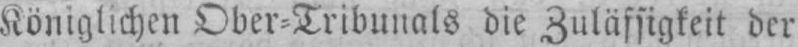
Königlichen Ober⸗Tribunals die Zulässigkeit der